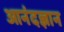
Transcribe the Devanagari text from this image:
आनंदज्ञान